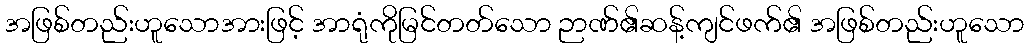
အဖြစ်တည်းဟူသောအားဖြင့် အာရုံကိုမြင်တတ်သော ဉာဏ်၏ဆန့်ကျင်ဖက်၏ အဖြစ်တည်းဟူသော